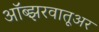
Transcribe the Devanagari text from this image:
ऑब्झरवातूअर